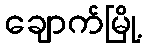
ချောက်မြို့